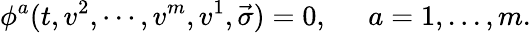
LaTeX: \phi^{a}(t,v^{2},\cdots,v^{m},v^{1},\vec{\sigma})=0,\; \; \; \; \; a=1,...,m.